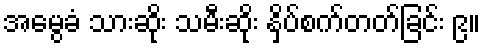
အမွေခံ သားဆိုး သမီးဆိုး နှိပ်စက်တတ်ခြင်း ၉။